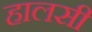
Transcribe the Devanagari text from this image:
हालसी